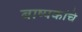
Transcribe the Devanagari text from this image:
बाष्पकांचे